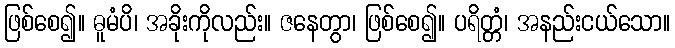
ဖြစ်စေ၍။ ဓူမံပိ၊ အခိုးကိုလည်း။ ဇနေတွာ၊ ဖြစ်စေ၍။ ပရိတ္တံ၊ အနည်းငယ်သော။